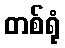
တစ်ရုံ